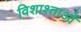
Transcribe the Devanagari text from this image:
विशाश्ताओं